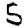
Digit: 5